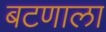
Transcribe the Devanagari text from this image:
बटणाला